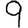
Digit: 9